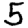
Digit: 5